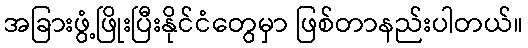
အခြားဖွံ့ဖြိုးပြီးနိုင်ငံတွေမှာ ဖြစ်တာနည်းပါတယ်။